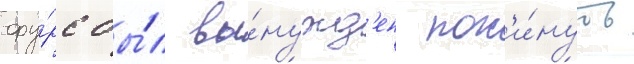
фу́рс бы́л вы́нужд'ен пок'и́нуть